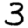
Digit: 3